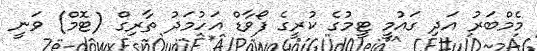
މެމްބަރު އަދި ގައުމީ ޓީމުގެ ކުރީގެ ފޯވާޑް އަހުމަދު ތާރިގް (ޓޮމް) ވަނީ